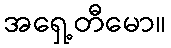
အရှေ့တီမော။